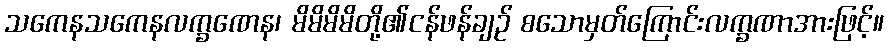
သကေနသကေနလက္ခဏေန၊ မိမိမိမိတို့၏ငန်ဖန်ချဉ် စသောမှတ်ကြောင်းလက္ခဏာအားဖြင့်။